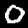
Label: 0